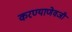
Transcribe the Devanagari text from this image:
करण्याणेवजी